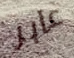
عابر